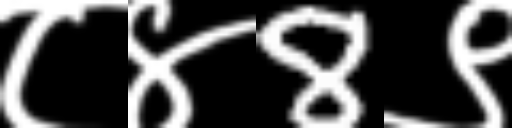
Text: ८४8९